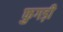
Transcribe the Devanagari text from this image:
फुगड़ी